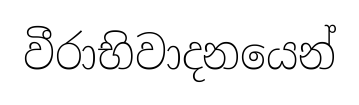
වීරාභිවාදනයෙන්